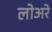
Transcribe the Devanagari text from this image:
लोअरे